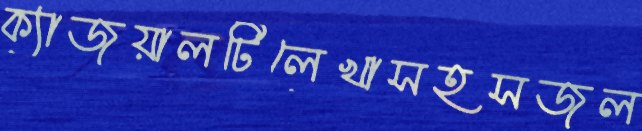
ক্যাজুয়ালটিলেখাসহসজল